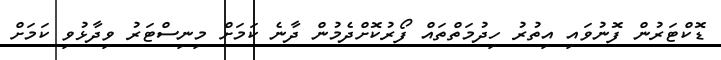
ޑޮކްޓަރުން ފޮނުވައި އިތުރު ހިދުމަތްތައް ފޯރުކޮށްދެމުން ދާނެ ކަމަށް މިނިސްޓަރު ވިދާޅުވި ކަމަށް